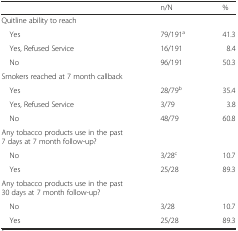
|  | n/N | % |
 | --- | --- | --- |
 | Quitline ability to reach |  |  |
 | Yes | 79/191a | 41.3 |
 | Yes, Refused Service | 16/191 | 8.4 |
 | No | 96/191 | 50.3 |
 | Smokers reached at 7 month callback |  |  |
 | Yes | 28/79b | 35.4 |
 | Yes, Refused Service | 3/79 | 3.8 |
 | No | 48/79 | 60.8 |
 | Any tobacco products use in the past 7 days at 7 month follow-up? |  |  |
 | No | 3/28c | 10.7 |
 | Yes | 25/28 | 89.3 |
 | Any tobacco products use in the past 30 days at 7 month follow-up? |  |  |
 | No | 3/28 | 10.7 |
 | Yes | 25/28 | 89.3 |